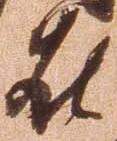
在